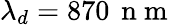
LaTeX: \lambda_{d}=870\, \mathrm{~n~m~}